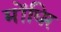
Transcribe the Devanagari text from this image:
मोंघिर